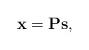
LaTeX: \begin{align*}\mathbf{x} = \mathbf{P}\mathbf{s},\end{align*}